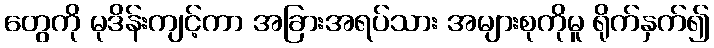
တွေကို မုဒိန်းကျင့်ကာ အခြားအရပ်သား အများစုကိုမူ ရိုက်နှက်၍